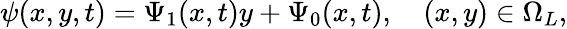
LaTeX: \psi(x,y,t)=\Psi_{1}(x,t)y+\Psi_{0}(x,t),\quad(x,y)\in\Omega_{L},